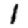
Digit: 1